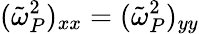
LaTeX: (\tilde{\omega}_{P}^{2})_{xx}=(\tilde{\omega}_{P}^{2})_{yy}